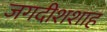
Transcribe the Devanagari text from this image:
जगदीशशाह